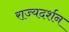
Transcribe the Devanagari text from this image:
राज्यदर्शन